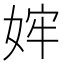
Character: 𫰴